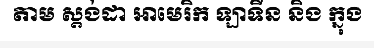
តាម ស្តង់ដា អាមេរិក ឡាទីន និង ក្នុង